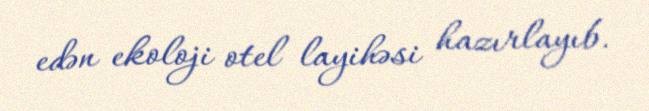
edən ekoloji otel layihəsi hazırlayıb.